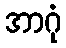
အာဂုံ